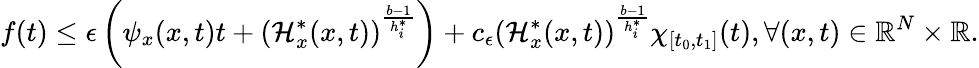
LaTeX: f(t)\leq\epsilon\left(\psi_{x}(x,t)t+(\mathcal{H}_{x}^{*}(x,t))^{\frac{b-1}{h_{i}^{*}}}\right)+c_{\epsilon}(\mathcal{H}_{x}^{*}(x,t))^{\frac{b-1}{h_{i}^{*}}}\chi_{[t_{0},t_{1}]}(t),\forall(x,t)\in{\mathbb R}^{N}\times{\mathbb R}.